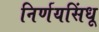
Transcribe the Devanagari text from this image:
निर्णयसिंधू